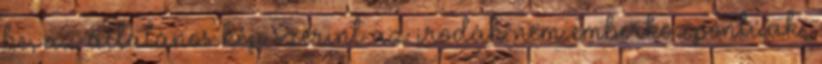
be, az általános kép szerint az irodák nem emberközpontúak,